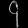
Digit: ၄